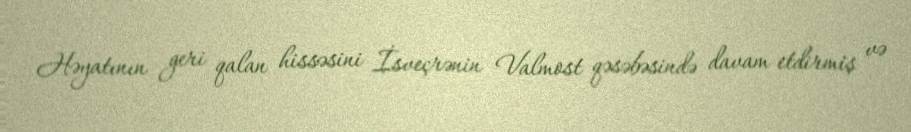
Həyatının geri qalan hissəsini İsveçrənin Valmost qəsəbəsində davam etdirmiş və